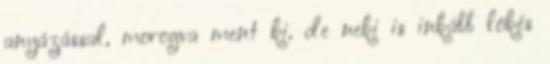
anyázással, morogva ment ki, de neki is inkább lökés